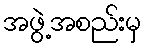
အဖွဲ့အစည်းမှ